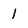
Character: 1